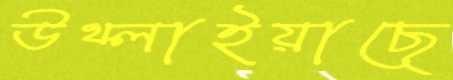
উথ্‌লাইয়াছে